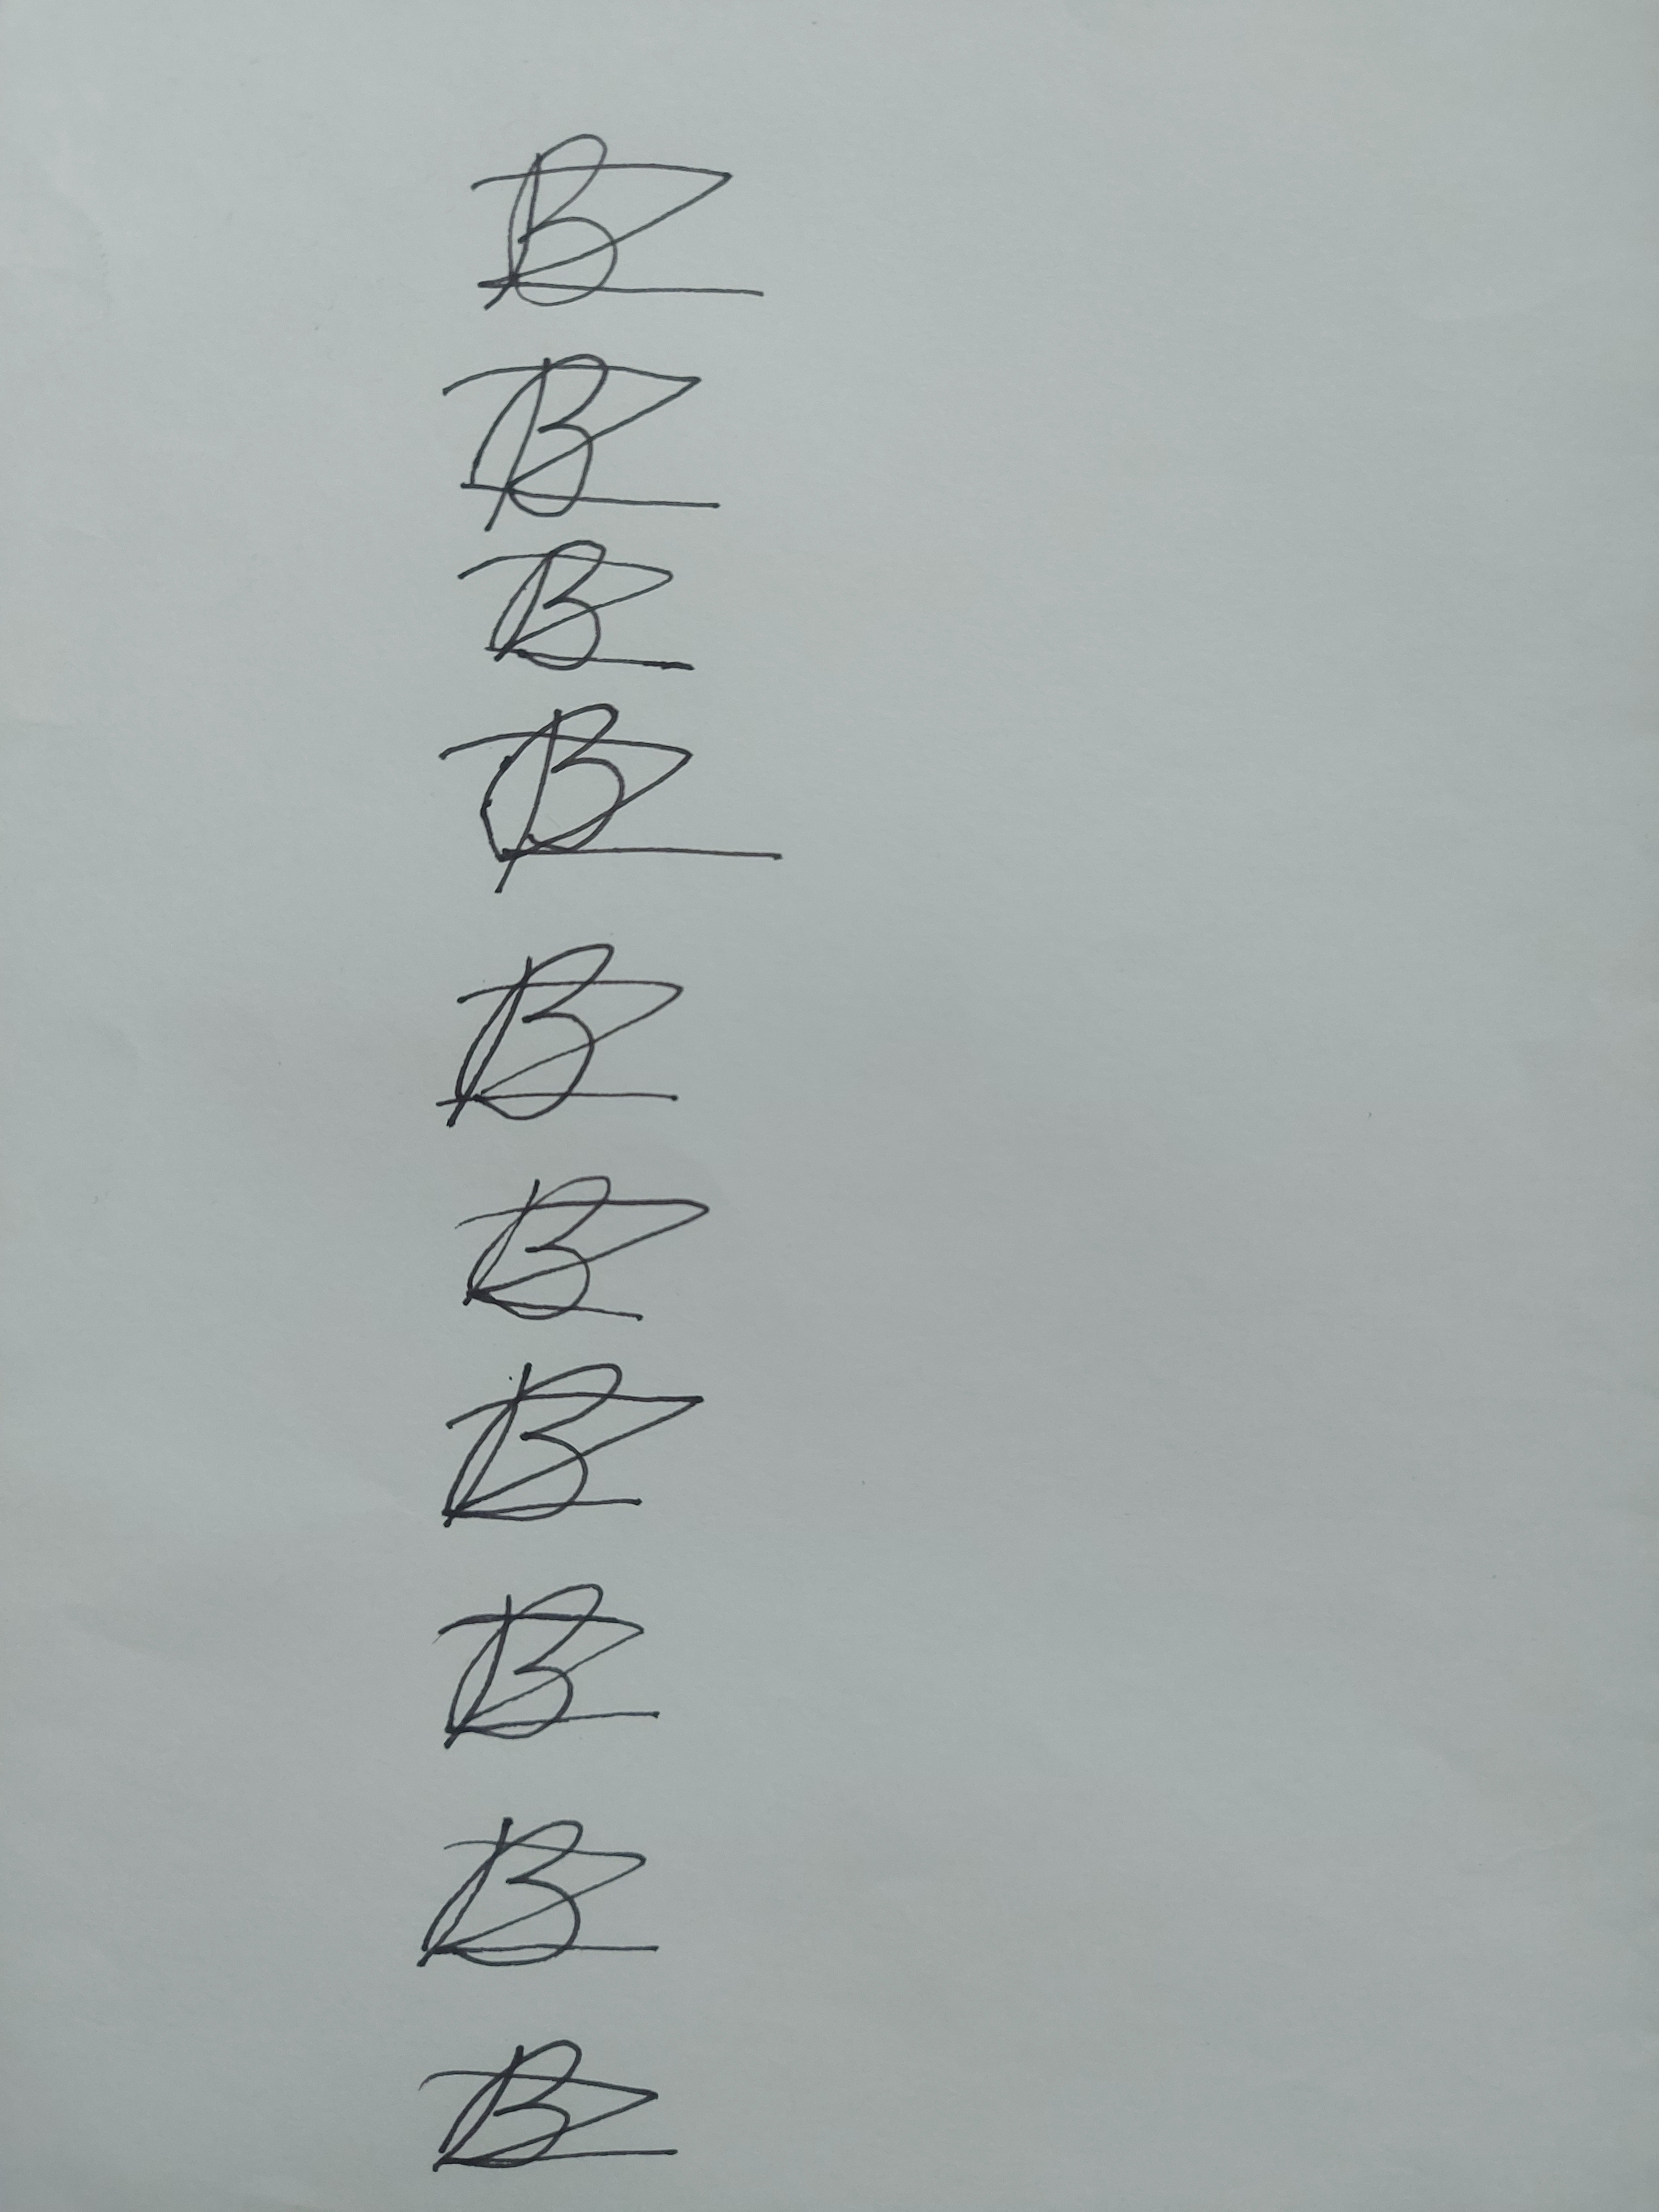
Signature authenticity: forged